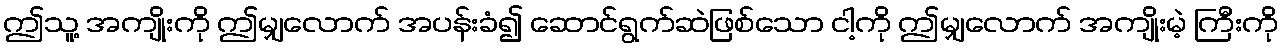
ဤသူ့ အကျိုးကို ဤမျှလောက် အပန်းခံ၍ ဆောင်ရွက်ဆဲဖြစ်သော ငါ့ကို ဤမျှလောက် အကျိုးမဲ့ ကြီးကို